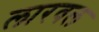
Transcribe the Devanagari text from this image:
लारवल